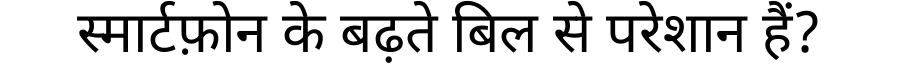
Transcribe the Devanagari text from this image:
स्मार्टफ़ोन के बढ़ते बिल से परेशान हैं?